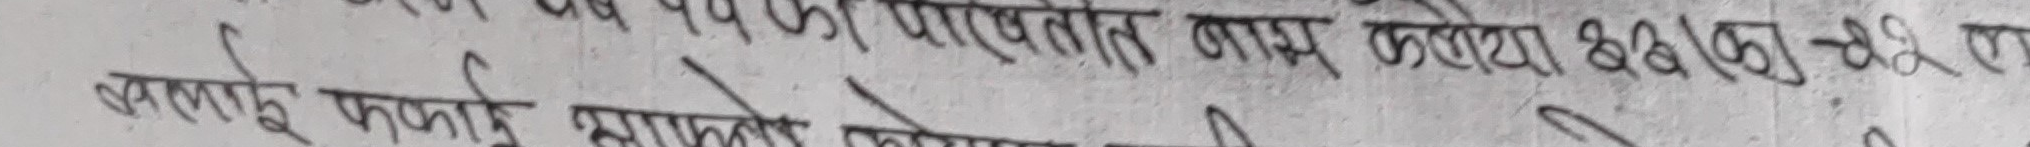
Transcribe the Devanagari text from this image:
असलाई फुकाई आफ्नै कोषमा राखे।